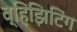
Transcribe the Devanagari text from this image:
व्हिझिटिंग